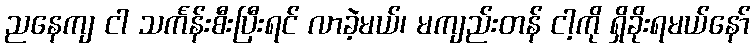
ညနေကျ ငါ သင်္ကန်းစီးပြီးရင် လာခဲ့မယ်၊ မကျည်းတန် ငါ့ကို ရှိခိုးရမယ်နော်